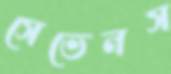
সেভেনস